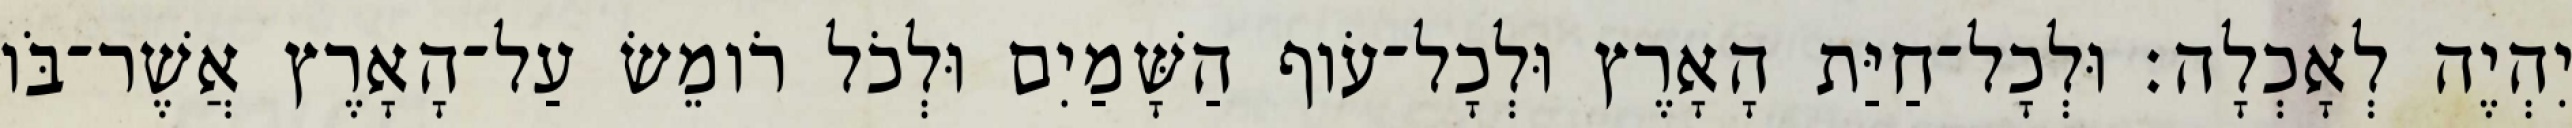
יִהְיֶה לְאָכְלָה׃ וּלְכָל־חַיַּת הָאָרֶץ וּלְכָל־עֹוף הַשָּׁמַיִם וּלְכֹל רֹומֵשׂ עַל־הָאָרֶץ אֲשֶׁר־בֹּו